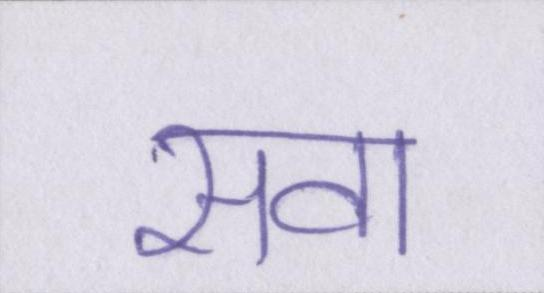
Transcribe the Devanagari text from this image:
सवा